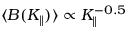
\langle B ( K _ { \parallel } ) \rangle \propto K _ { \parallel } ^ { - 0 . 5 }